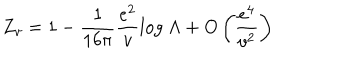
LaTeX: Z _ { v } = 1 - \frac { 1 } { 1 6 \pi } \frac { e ^ { 2 } } { v } l o g \; \Lambda + O \left( \frac { e ^ { 4 } } { v ^ { 2 } } \right)